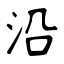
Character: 沿